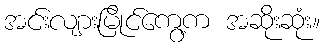
အင်းလျားမြိုင်ကွေ့က အဆိုးဆုံး။